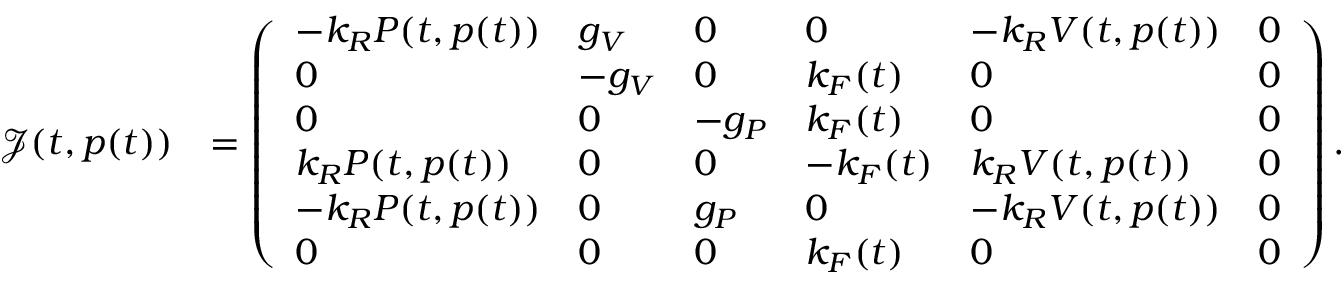
\begin{array} { r l } { \mathcal { J } ( t , p ( t ) ) } & { = \left( \begin{array} { l l l l l l } { - k _ { R } P ( t , p ( t ) ) } & { g _ { V } } & { 0 } & { 0 } & { - k _ { R } V ( t , p ( t ) ) } & { 0 } \\ { 0 } & { - g _ { V } } & { 0 } & { k _ { F } ( t ) } & { 0 } & { 0 } \\ { 0 } & { 0 } & { - g _ { P } } & { k _ { F } ( t ) } & { 0 } & { 0 } \\ { k _ { R } P ( t , p ( t ) ) } & { 0 } & { 0 } & { - k _ { F } ( t ) } & { k _ { R } V ( t , p ( t ) ) } & { 0 } \\ { - k _ { R } P ( t , p ( t ) ) } & { 0 } & { g _ { P } } & { 0 } & { - k _ { R } V ( t , p ( t ) ) } & { 0 } \\ { 0 } & { 0 } & { 0 } & { k _ { F } ( t ) } & { 0 } & { 0 } \end{array} \right) . } \end{array}